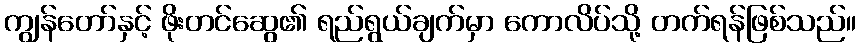
ကျွန်တော်နှင့် ဖိုးတင်ဆွေ၏ ရည်ရွယ်ချက်မှာ ကောလိပ်သို့ တက်ရန်ဖြစ်သည်။